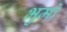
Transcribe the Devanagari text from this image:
भुमो